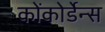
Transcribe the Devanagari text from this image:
कोंकोर्डेन्स